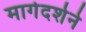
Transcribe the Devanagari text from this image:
मार्गदर्शने